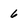
Character: 6